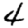
Digit: 4